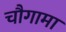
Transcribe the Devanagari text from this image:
चौगामा